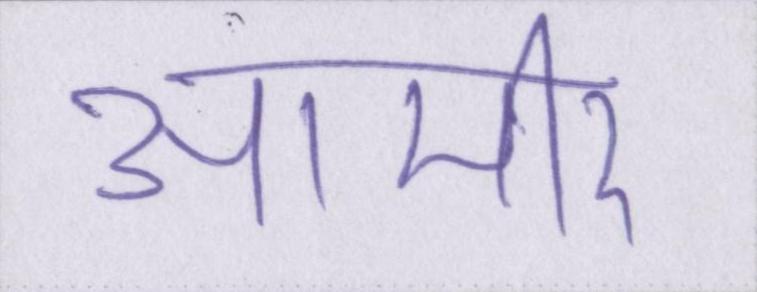
आमीर